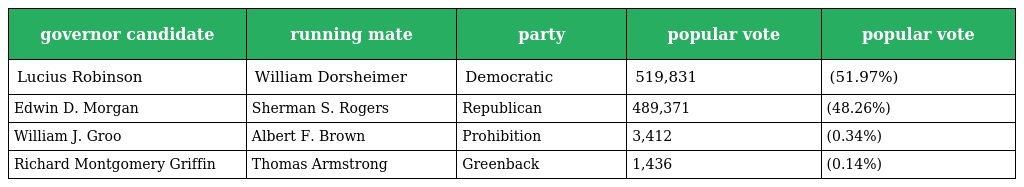
| governor candidate | running mate | party | popular vote | popular vote |
 | --- | --- | --- | --- | --- |
 | Lucius Robinson | William Dorsheimer | Democratic | 519,831 | (51.97%) |
 | Edwin D. Morgan | Sherman S. Rogers | Republican | 489,371 | (48.26%) |
 | William J. Groo | Albert F. Brown | Prohibition | 3,412 | (0.34%) |
 | Richard Montgomery Griffin | Thomas Armstrong | Greenback | 1,436 | (0.14%) |